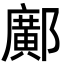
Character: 鄺